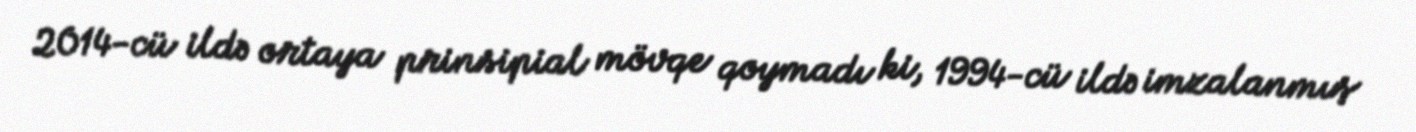
2014-cü ildə ortaya prinsipial mövqe qoymadı ki, 1994-cü ildə imzalanmış